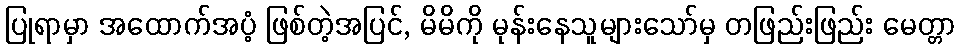
ပြုရာမှာ အထောက်အပံ့ ဖြစ်တဲ့အပြင်, မိမိကို မုန်းနေသူများသော်မှ တဖြည်းဖြည်း မေတ္တာ